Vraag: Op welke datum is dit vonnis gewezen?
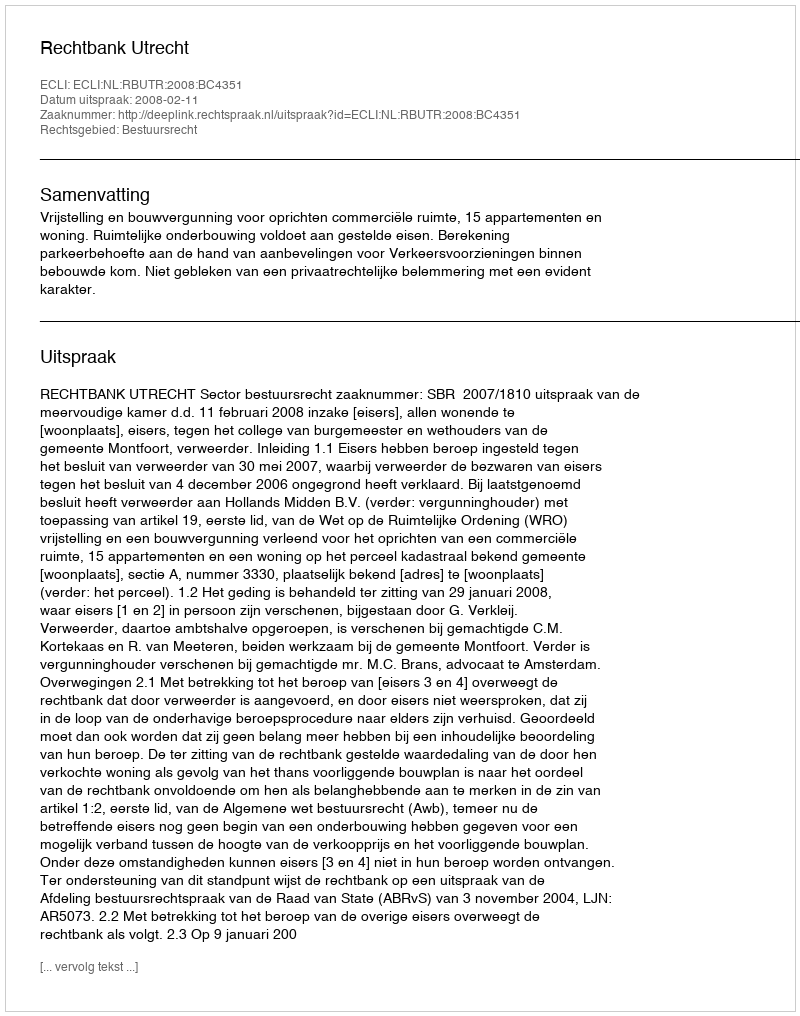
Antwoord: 2008-02-11